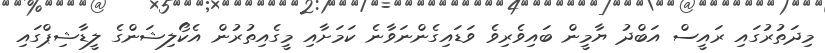
މިދަތުރުގައި ރައީސް އަބްދު ޔާމީން ބައިވެރިވެ ވަޑައިގެންނަވާނެ ކަމަށާއި މީގެއިތުރުން އެކޯލިޝަންގެ ލީޑާޝިޕްގައި